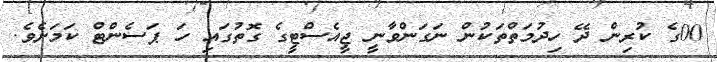
00ގެ ކުރިން ދޭ ހިދުމަތްތަކުން ނަގަންވާނީ ޖީއެސްޓީގެ ގޮތުގައި ހަ ޕަސެންޓް ކަމަށެވެ.